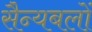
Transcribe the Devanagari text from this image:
सैन्यबलों